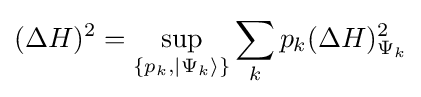
(\Delta H)^{2}=\sup _{\{p_{k},\vert \Psi _{k}\rangle \}}\sum _{k}p_{k}(\Delta H)_{\Psi _{k}}^{2}